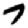
Digit: 7